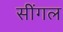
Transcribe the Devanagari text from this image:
सींगल